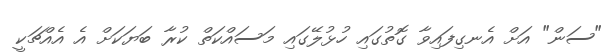
"ސަން" އަށް އެނގިފައިވާ ގޮތުގައި ހުޅުލޭގައި މަސައްކަތް ކުރާ ބަޔަކަށް އެ އެއްޗަކީ